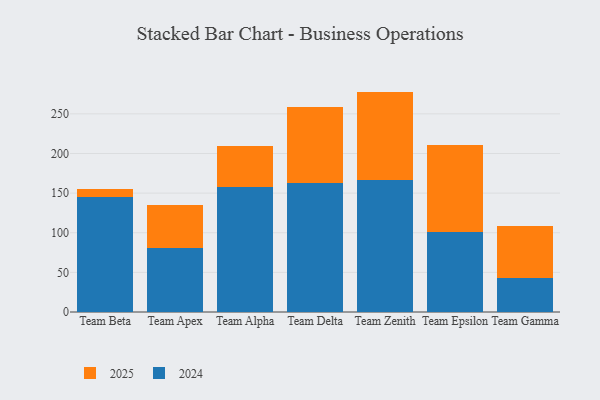
{"axis": {"x": "Team", "y": "Market Share (%)"}, "legend": ["2024", "2025"], "data": [{"x": "Team Beta", "y": 144.7, "type": "2024"}, {"x": "Team Beta", "y": 10.2, "type": "2025"}, {"x": "Team Apex", "y": 80.5, "type": "2024"}, {"x": "Team Apex", "y": 54.7, "type": "2025"}, {"x": "Team Alpha", "y": 157.9, "type": "2024"}, {"x": "Team Alpha", "y": 51.0, "type": "2025"}, {"x": "Team Delta", "y": 163.3, "type": "2024"}, {"x": "Team Delta", "y": 95.4, "type": "2025"}, {"x": "Team Zenith", "y": 166.3, "type": "2024"}, {"x": "Team Zenith", "y": 111.8, "type": "2025"}, {"x": "Team Epsilon", "y": 101.3, "type": "2024"}, {"x": "Team Epsilon", "y": 108.9, "type": "2025"}, {"x": "Team Gamma", "y": 42.5, "type": "2024"}, {"x": "Team Gamma", "y": 66.2, "type": "2025"}]}